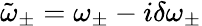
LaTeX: \tilde{\omega}_{\pm}=\omega_{\pm}-i\delta\omega_{\pm}